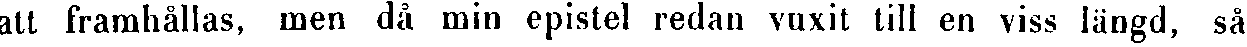
att framhållas, men då min epistel redan vuxit till en viss längd, så